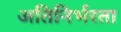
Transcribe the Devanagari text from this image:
अतिनिर्भरता